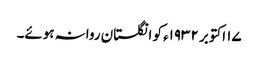
١۷ اکتوبر ١٩٣٢ء کو انگلستان روانہ ہوئے۔